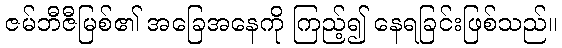
ဇမ်ဘီဇီမြစ်၏ အခြေအနေကို ကြည့်၍ နေရခြင်းဖြစ်သည်။